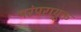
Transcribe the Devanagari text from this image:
परंपरायुक्त